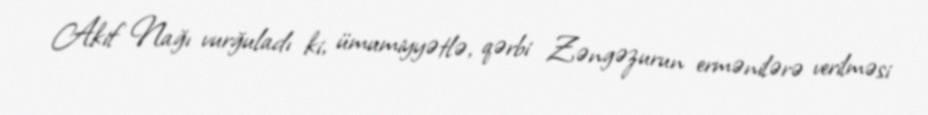
Akif Nağı vurğuladı ki, ümumiyyətlə, qərbi Zəngəzurun ermənilərə verilməsi